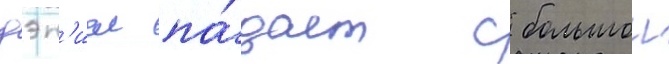
дэн'иел па́дает с большои